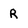
Character: R